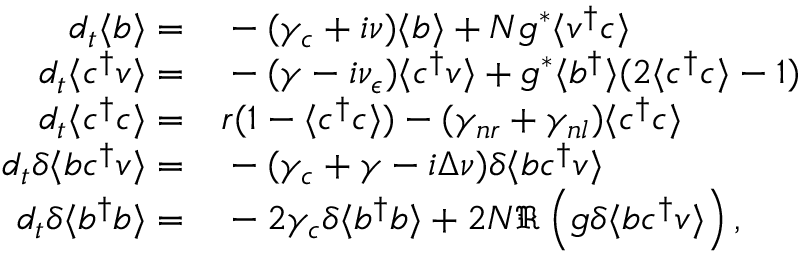
\begin{array} { r l } { d _ { t } \langle b \rangle = } & { { } - ( \gamma _ { c } + i \nu ) \langle b \rangle + N g ^ { * } \langle v ^ { \dagger } c \rangle } \\ { d _ { t } \langle c ^ { \dagger } v \rangle = } & { { } - ( \gamma - i \nu _ { \epsilon } ) \langle c ^ { \dagger } v \rangle + g ^ { * } \langle b ^ { \dagger } \rangle ( 2 \langle c ^ { \dagger } c \rangle - 1 ) } \\ { d _ { t } \langle c ^ { \dagger } c \rangle = } & { { } r ( 1 - \langle c ^ { \dagger } c \rangle ) - ( \gamma _ { n r } + \gamma _ { n l } ) \langle c ^ { \dagger } c \rangle } \\ { d _ { t } \delta \langle b c ^ { \dagger } v \rangle = } & { { } - ( \gamma _ { c } + \gamma - i \Delta \nu ) \delta \langle b c ^ { \dagger } v \rangle } \\ { d _ { t } \delta \langle b ^ { \dagger } b \rangle = } & { { } - 2 \gamma _ { c } \delta \langle b ^ { \dagger } b \rangle + 2 N \Re \left( g \delta \langle b c ^ { \dagger } v \rangle \right) , } \end{array}